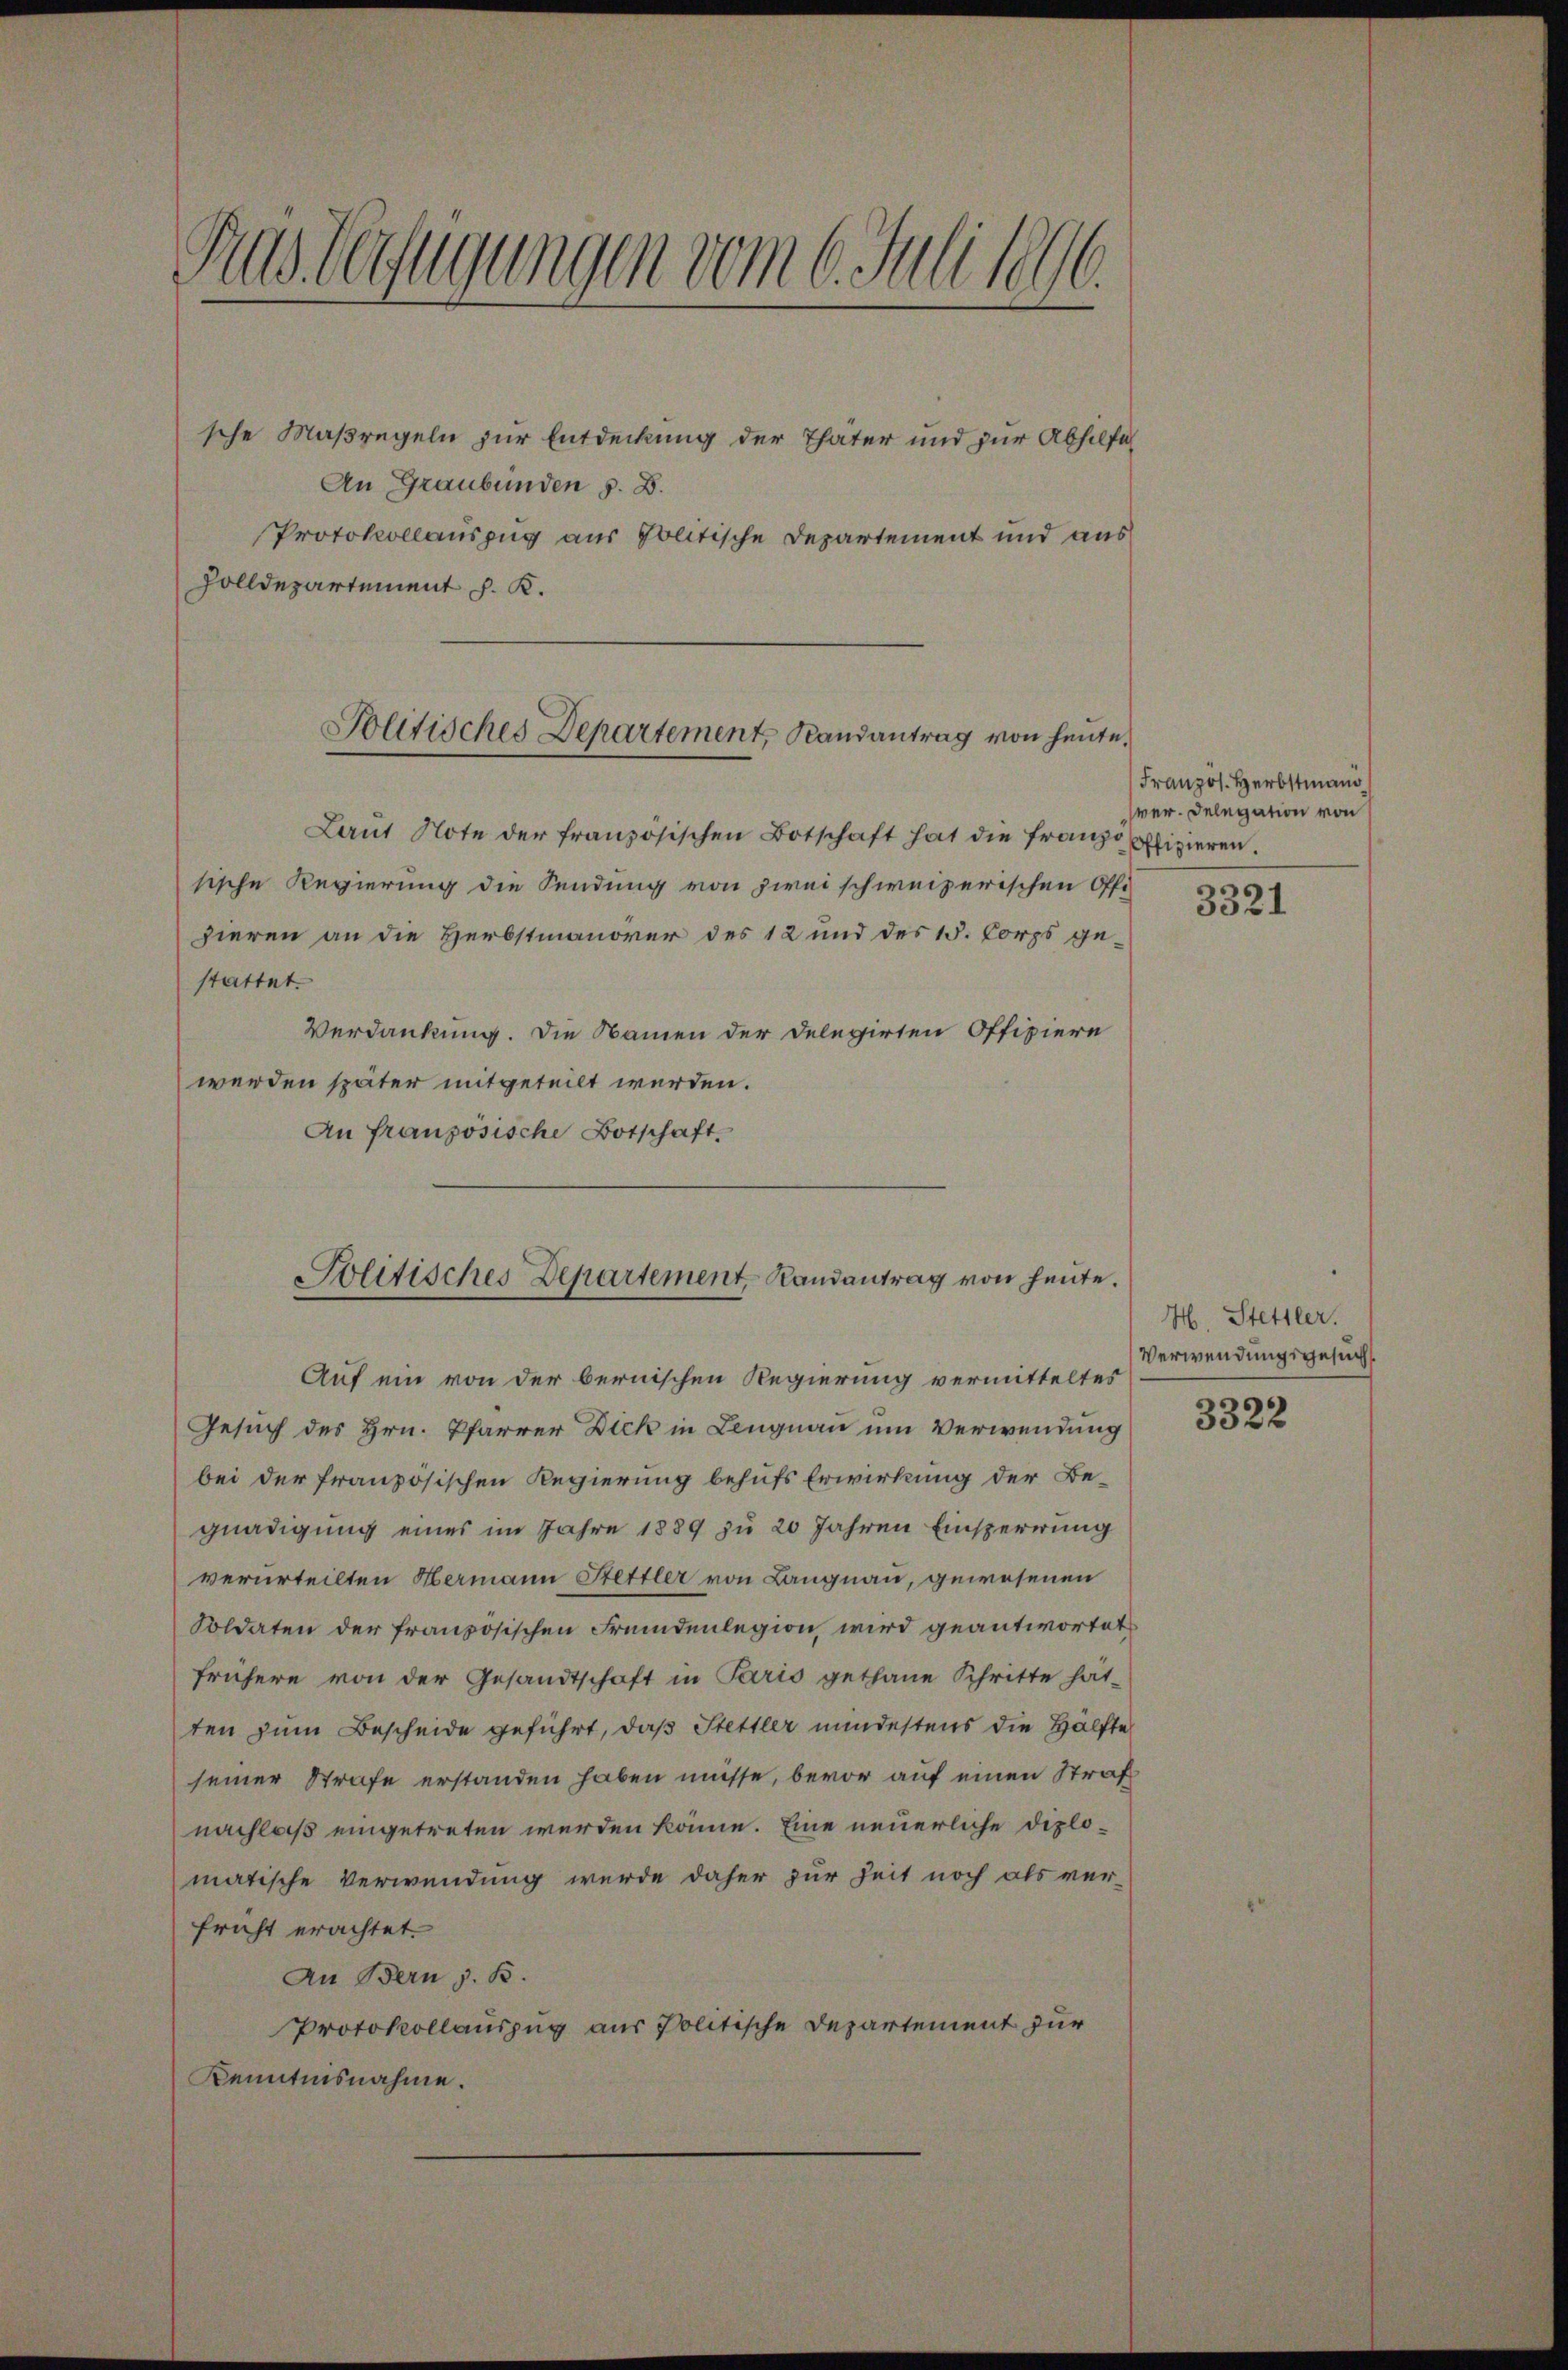
Pras Verfügungen vom 6. Juli 1896.

sche Maßregeln zur Entdeckung der Thater und zur Abhilfe
An Graubünden z. B.
Protokollauszug aus Politische Departement und aus
Zolldepartement J. K.

Politisches Departement, Randantrag von heute.

Laŭt Note der französischen Botschaft hat die franzo offizieren.
sische Regierung die Sendung von zwei schweizerischen Offi-
zieren an die Herbstmanover des 12 und des 15. Corps gestattet.
Verdankung. Die Namen der Delegirten Offiziere
werden später mitgeteilt werden.
An französische Botschaft.
Auf ein von der bernischen Regierung vermitteltes
Gesuch des Hrn. Pfarrer Dick in Lengnau um Verwendung
bei der französischen Regierung behufs Erwirkung der Be-
gnadigung eines im Jahre 1889 zu 20 Jahren Einsperrung
verurteilten Hermann Hettler von Langnau, gewesenen
Soldaten der französischen Fremdenlegion, wird geantwortet
frühere von der Gesandtschaft in Paris gethane Schritte hät-
ten zum Bescheide geführt, daß Stettler mindestens die Hälfte
seiner Strafe erstanden haben müsse, bevor auf einen Straf
nachlaß eingetreten werden könne. Eine neuerliche Diplomatische Verwendung wurde daher zur Zeit noch als ver-
fricht erachtet.
An Bern z. B.
Protokollauszug aus Politische Departement zur
Kenntnisnahme.

Solitisches Departement, Randantrag von heute.

Franzos. Herbstman
wer. Delegation von

3321

H. Stettler.
Verwendungsgesuch

3322